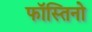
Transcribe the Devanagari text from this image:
फॉस्तिनो